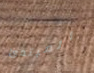
المبتدئ